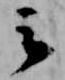
云